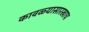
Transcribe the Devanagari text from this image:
कावळ्यासारखाच